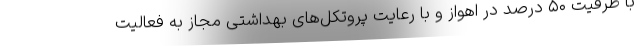
با ظرفیت ۵۰ درصد در اهواز و با رعایت پروتکل‌های بهداشتی مجاز به فعالیت